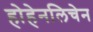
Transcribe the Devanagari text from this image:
होहेनलिचेन